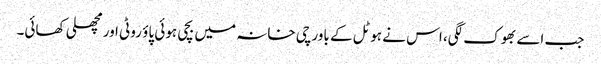
جب اسے بھوک لگی، اس نے ہوٹل کے باورچی خانہ میں بچی ہوئی پاؤ روٹی اور مچھلی کھائی۔